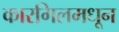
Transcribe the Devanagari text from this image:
कारगिलमधून